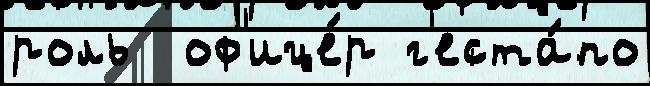
роль  оф'ице́р г'еста́по